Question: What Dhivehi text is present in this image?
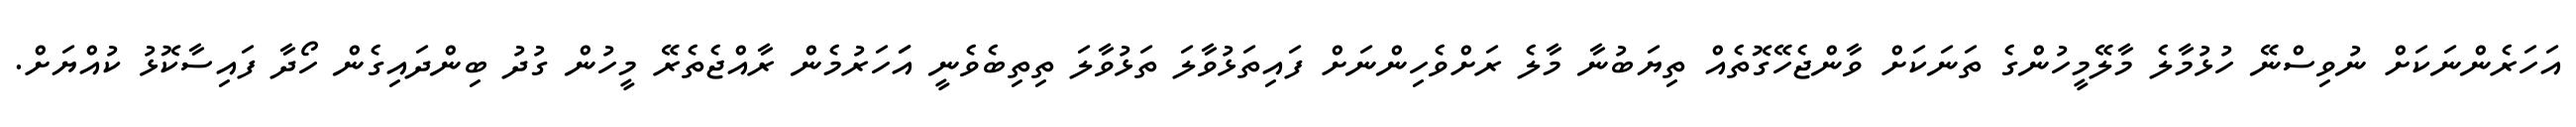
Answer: އަހަރެންނަކަށް ނުވިސްނޭ ހުޅުމާލެ މާލޭމީހުންގެ ތަނަކަށް ވާންޖެހޭގޮތެއް ތިޔަބުނާ މާލެ ރަށްވެހިންނަށް ފައިތަޅުވާލަ ތަޅުވާލަ ތިތިބެވެނީ އަަހަރުމެން ރާއްޖެތެރޭ މީހުން ގުދު ބިންދައިގެން ހޯދާ ފައިސާކޮޅު ކުއްޔަށް.